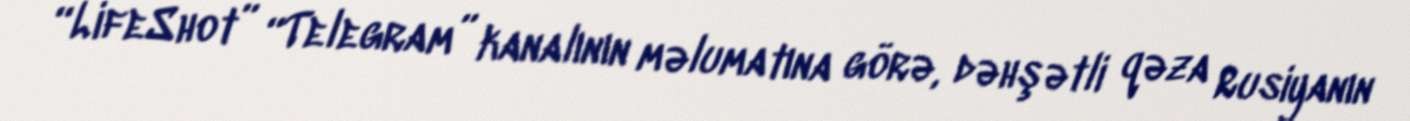
“LifeShot” “Telegram” kanalının məlumatına görə, dəhşətli qəza Rusiyanın